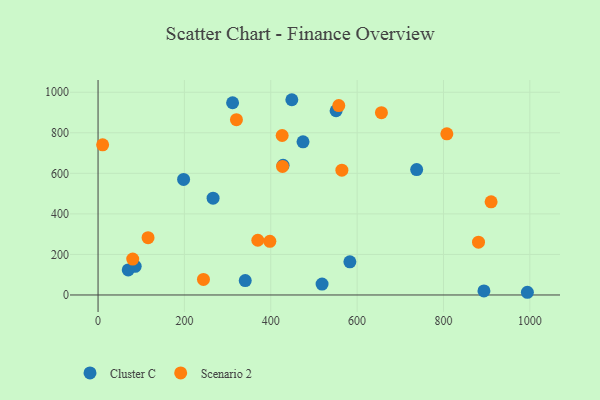
{"axis": {"x": "Study Hours", "y": "Sales"}, "legend": ["Cluster C", "Scenario 2"], "data": [{"x": "448.8", "y": 963.1, "type": "Cluster C"}, {"x": "994.3", "y": 13.3, "type": "Cluster C"}, {"x": "340.9", "y": 71.1, "type": "Cluster C"}, {"x": "737.9", "y": 618.7, "type": "Cluster C"}, {"x": "583.2", "y": 163.5, "type": "Cluster C"}, {"x": "551.3", "y": 908.6, "type": "Cluster C"}, {"x": "518.8", "y": 53.9, "type": "Cluster C"}, {"x": "86.0", "y": 141.4, "type": "Cluster C"}, {"x": "266.4", "y": 477.5, "type": "Cluster C"}, {"x": "198.1", "y": 570.0, "type": "Cluster C"}, {"x": "428.5", "y": 640.0, "type": "Cluster C"}, {"x": "474.7", "y": 755.6, "type": "Cluster C"}, {"x": "893.7", "y": 20.0, "type": "Cluster C"}, {"x": "69.9", "y": 123.5, "type": "Cluster C"}, {"x": "311.6", "y": 948.3, "type": "Cluster C"}, {"x": "397.9", "y": 264.8, "type": "Scenario 2"}, {"x": "10.6", "y": 740.6, "type": "Scenario 2"}, {"x": "881.1", "y": 260.5, "type": "Scenario 2"}, {"x": "557.5", "y": 934.1, "type": "Scenario 2"}, {"x": "244.1", "y": 76.8, "type": "Scenario 2"}, {"x": "656.3", "y": 899.2, "type": "Scenario 2"}, {"x": "910.3", "y": 459.5, "type": "Scenario 2"}, {"x": "427.2", "y": 634.0, "type": "Scenario 2"}, {"x": "426.4", "y": 786.6, "type": "Scenario 2"}, {"x": "807.8", "y": 794.8, "type": "Scenario 2"}, {"x": "564.7", "y": 615.7, "type": "Scenario 2"}, {"x": "370.0", "y": 269.9, "type": "Scenario 2"}, {"x": "80.3", "y": 176.9, "type": "Scenario 2"}, {"x": "115.8", "y": 282.6, "type": "Scenario 2"}, {"x": "320.5", "y": 864.6, "type": "Scenario 2"}]}